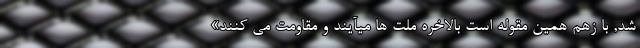
شد, با زهم همین مقوله است بالاخره ملت ها میآیند و مقاومت می کنند»